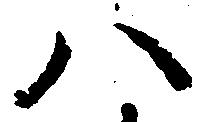
八